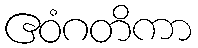
ဧဝံဂတိကာ